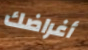
أغراضك